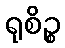
ရုစိဉ္စ